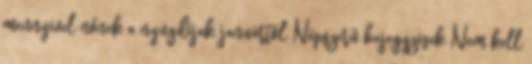
mennyivel nőnek a nyugdíjak januártól Népszerű bejegyzések Nem kell